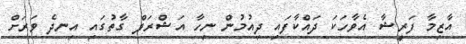
އާޒިމާ ފަރީޝާ އެވާހަކަ ދައްކާފައި ދިއުމުން ނިހާ އަޝްރަފް ގާތުގައި އިނދެ ވަރަށް